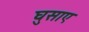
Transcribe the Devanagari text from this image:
घुसाए